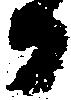
日